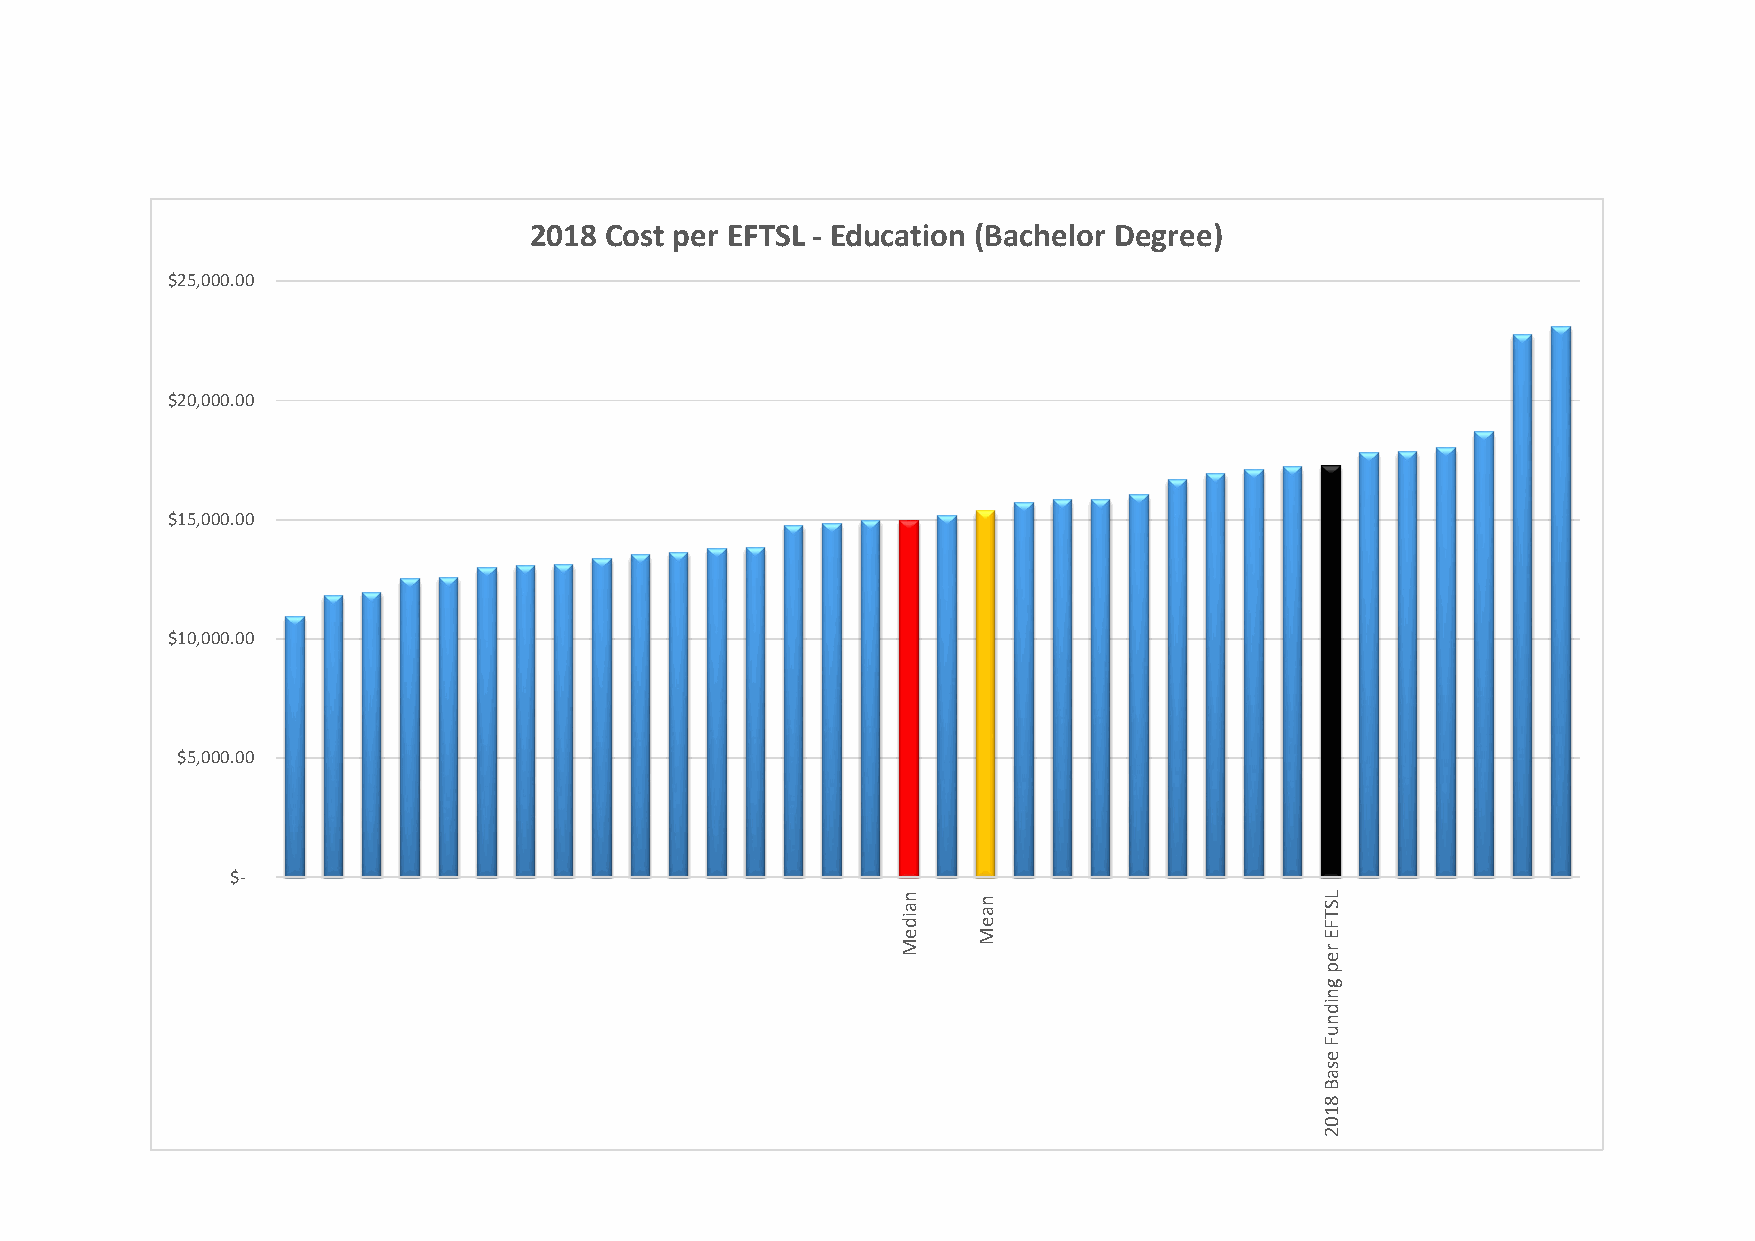
2018 Cost per EFTSL - Education (Bachelor Degree)
 $25,000.00
 $20,000.00
 $15,000.00
 $10,000.00
 $5,000.00
 $-
 naideM naeM                 LSTFE
 rep
 gnidnuF
 esaB
 8102